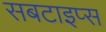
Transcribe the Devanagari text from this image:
सबटाइप्स